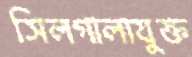
সিলগালাযুক্ত